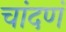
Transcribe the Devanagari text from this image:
चांदणं